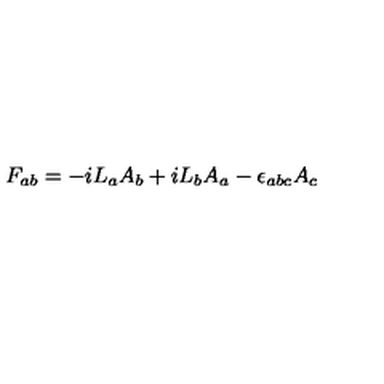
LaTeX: F _ { a b } = - i L _ { a } A _ { b } + i L _ { b } A _ { a } - \epsilon _ { a b c } A _ { c }